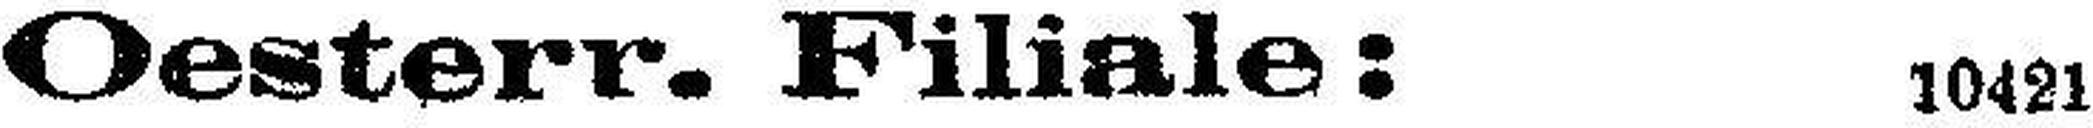
Oesterr. Filiale: 10421